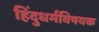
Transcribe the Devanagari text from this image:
हिंदुधर्मविषयक